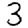
Digit: 3